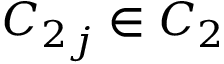
{ C _ { 2 } } _ { j } \in C _ { 2 }